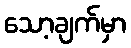
သော့ချက်မှာ